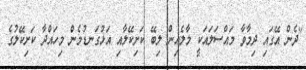
"ދެން އޭގައި ދިމާވާ މައްސަލައަކީ މާލެއިން ލިބޭ ކަށިކޭލާއި އަޅުގަނޑުމެން މިހައްދާ ކަށިކޭލުގެ